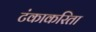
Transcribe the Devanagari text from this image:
टंकाकरिता